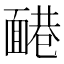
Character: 𩈷